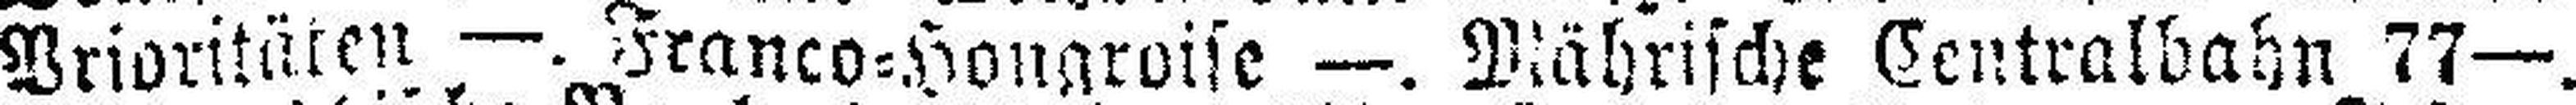
Prioritäten —. Franco=Hongroise —. Mährische Centralbahn 77—.